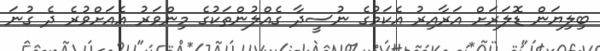
ބިލިޔަން ޑޮލަރަށް އަރާއިރު އެކަމުގެ ނުސީދާ ގެއްލުންތަކުގެ މިންވަރު އެއަށްވުރެ ދެ ގުނަ